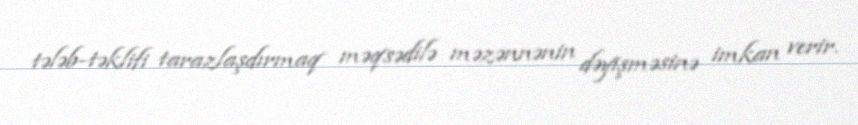
tələb-təklifi tarazlaşdırmaq məqsədilə məzənnənin dəyişməsinə imkan verir.